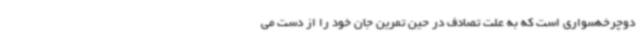
دوچرخه‌سواری است که به علت تصادف در حین تمرین جان خود را از دست می